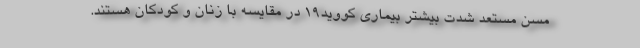
مسن مستعد شدت بیشتر بیماری کووید19 در مقایسه با زنان و کودکان هستند.